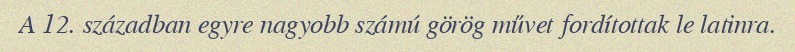
A 12. században egyre nagyobb számú görög művet fordítottak le latinra.